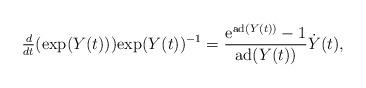
LaTeX: \begin{align*}\tfrac{d}{dt}(\mathrm{exp}(Y(t))) \mathrm{exp}(Y(t))^{-1}&=\frac { \mathrm e^{\mathrm{ad}(Y(t))}-1}{\mathrm{ad}(Y(t))}\dot Y(t),\end{align*}